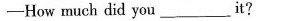
——How much did you ___ it?